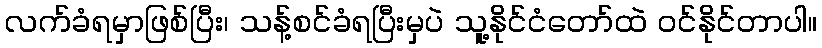
လက်ခံရမှာဖြစ်ပြီး၊ သန့်စင်ခံရပြီးမှပဲ သူ့နိုင်ငံတော်ထဲ ဝင်နိုင်တာပါ။